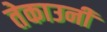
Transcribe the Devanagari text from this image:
तेकाउनीं